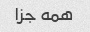
همه جز۱